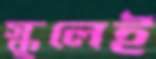
স্কুলেই